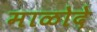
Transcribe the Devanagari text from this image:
माळोदे